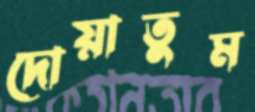
দোয়াতুম